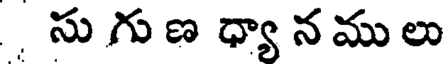
సు గు ణ ధ్యా న ము లు